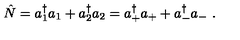
\hat { N } = a _ { 1 } ^ { \dagger } a _ { 1 } + a _ { 2 } ^ { \dagger } a _ { 2 } = a _ { + } ^ { \dagger } a _ { + } + a _ { - } ^ { \dagger } a _ { - } \ .